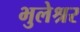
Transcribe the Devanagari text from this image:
भुलेश्रर